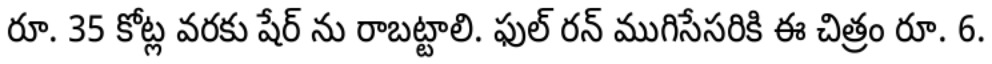
రూ. 35 కోట్ల వరకు షేర్ ను రాబట్టాలి. ఫుల్ రన్ ముగిసేసరికి ఈ చిత్రం రూ. 6.